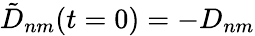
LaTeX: \tilde{D}_{nm}(t=0)=-D_{nm}